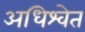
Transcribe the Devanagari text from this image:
अधिश्वेत